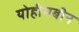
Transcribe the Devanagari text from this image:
योहीमबीन